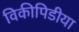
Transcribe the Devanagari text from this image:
विकीपिडीया